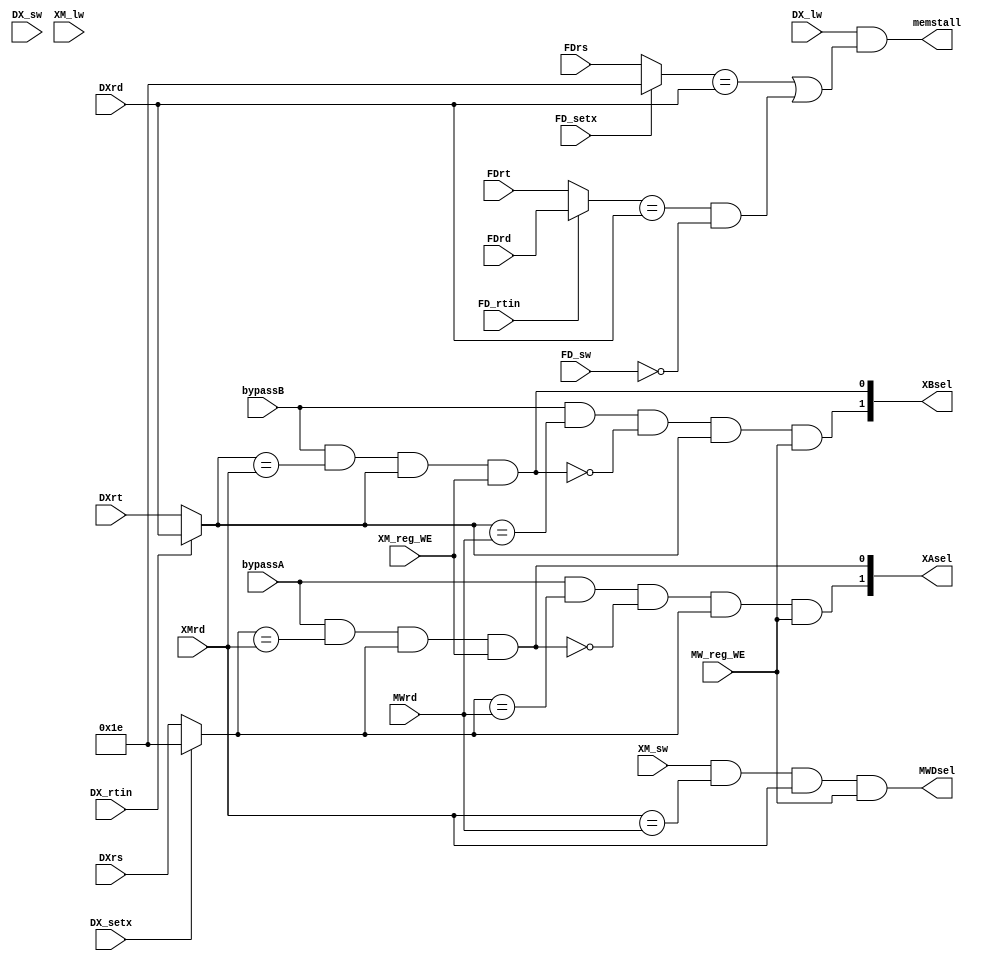
module bypass_controller(
    FDrs, FDrt, FDrd,
    DXrs, DXrt, DXrd, 
    XMrd, MWrd, 
    bypassA, bypassB, 
    XM_reg_WE, MW_reg_WE,
    DX_rtin, DX_sw, DX_setx, DX_lw,
    FD_rtin, FD_sw, FD_setx,
    XM_lw, XM_sw,
    XAsel, XBsel, MWDsel, memstall
);
// register numbers
input[4:0] FDrs, FDrt, FDrd, DXrs, DXrt, DXrd, XMrd, MWrd;
// control signals
input bypassA, bypassB, XM_reg_WE, MW_reg_WE, DX_rtin, DX_sw, DX_setx, DX_lw, FD_rtin, FD_sw, FD_setx, XM_lw, XM_sw;

output[1:0] XAsel, XBsel;
output MWDsel, memstall;

/**
 * NOTE: we should never bypass if we'd be bypassing into r0.
 * XA bypassing: (we assume rs has already been assigned 30 in the case of a setx)
 * if bypassA && (XA == XMrd), XAsel = 1 (executeout)
 * else if XA == MWrd, XAsel = 2 (data_writereg)
 */
wire XAsel1, XAsel2;
wire[4:0] XA = DX_setx ? 5'd30 : DXrs;
assign XAsel1 = bypassA && (XA == XMrd) && XA && XM_reg_WE;
assign XAsel2 = bypassA && (XA == MWrd) && !XAsel1 && XA && MW_reg_WE;
assign XAsel = {XAsel2, XAsel1}; // XAsel1 and 2 should never turn on at the same time, so we can do this???

/*
 * XB bypassing: XB = rtin ? DXrd : DXrt
 * if bypassB && (XB == XMrd), XBsel = 1
 * else if XB == MWrd, XBsel = 2
 */
wire[4:0] XB = DX_rtin ? DXrd : DXrt;
wire XBsel1 = bypassB && (XB == XMrd) && XB && XM_reg_WE;
wire XBsel2 = bypassB && (XB == MWrd) && !XBsel1 && XB && MW_reg_WE;
assign XBsel = {XBsel2, XBsel1};

/* 
 * MWD (memory write data) bypassing: 
 * if XM_sw && (XMrd == MWrd),
 * MWDsel = 1
 */
assign MWDsel = XM_sw && (XMrd == MWrd) && XMrd && MW_reg_WE;

/* 
 * stall: stall in X stage?
 * memstall = XM_lw && ((XA == XMrd) || (XB == XMrd) && !DX_sw)
 * bypass MWrd value into MWD if we have sw there.
 */
wire[4:0] DA = FD_setx ? 5'd30 : FDrs;
wire[4:0] DB = FD_rtin ? FDrd : FDrt;
assign memstall = DX_lw && ((DA == DXrd) || (DB == DXrd) && !FD_sw);
endmodule